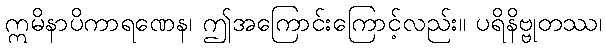
ဣမိနာပိကာရဏေန၊ ဤအကြောင်းကြောင့်လည်း။ ပရိနိဗ္ဗုတဿ၊